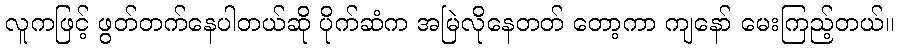
လူကဖြင့် ဖွတ်တက်နေပါတယ်ဆို ပိုက်ဆံက အမြဲလိုနေတတ် တော့ကာ ကျနော် မေးကြည့်တယ်။